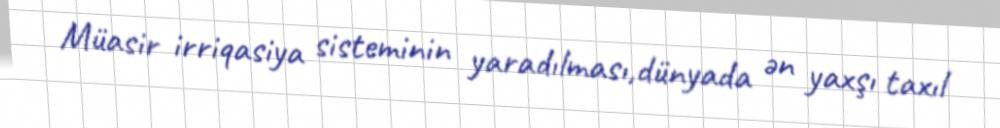
Müasir irriqasiya sisteminin yaradılması,dünyada ən yaxşı taxıl